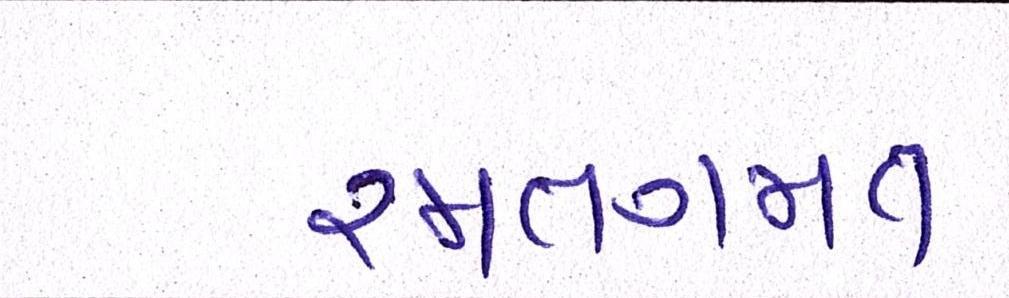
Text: રમતગમત